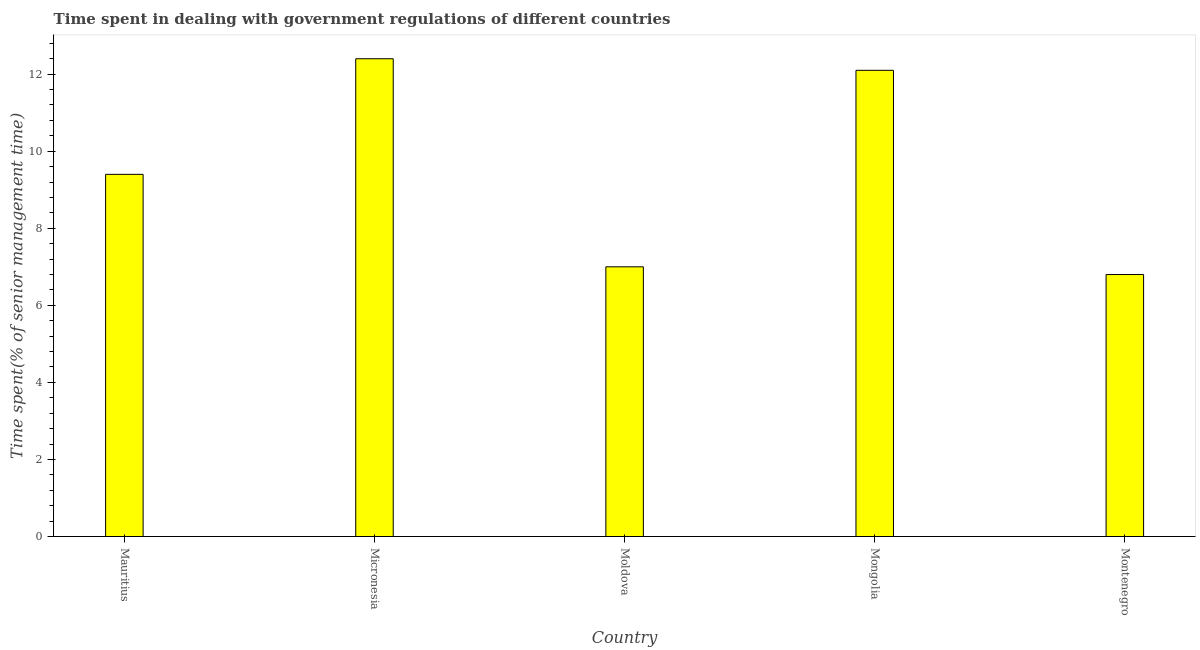
| Country | Government regulations |
 | --- | --- |
 | Mauritius | 9.4 |
 | Micronesia | 12.4 |
 | Moldova | 7 |
 | Mongolia | 12.1 |
 | Montenegro | 6.8 |